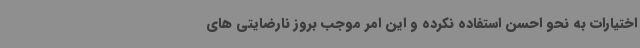
اختیارات به نحو احسن استفاده نکرده و این امر موجب بروز نارضایتی های